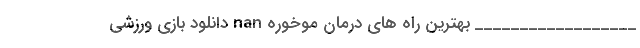
__________________ بهترین راه های درمان موخوره nan دانلود بازی ورزشی